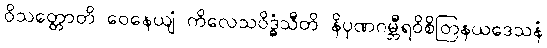
ဝိသတ္တောတိ ဝေနေယျံ ကိလေသဝိဒ္ဓံသီတိ နိပုဏဂမ္ဘီရဝိစိတြနယဒေသနံ